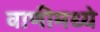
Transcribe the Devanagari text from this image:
वाणीमध्ये